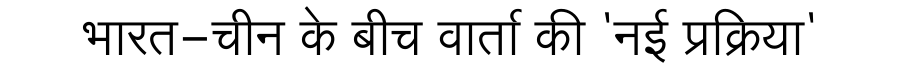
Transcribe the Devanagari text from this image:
भारत-चीन के बीच वार्ता की 'नई प्रक्रिया'